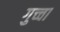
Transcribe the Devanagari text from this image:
गुच्चा